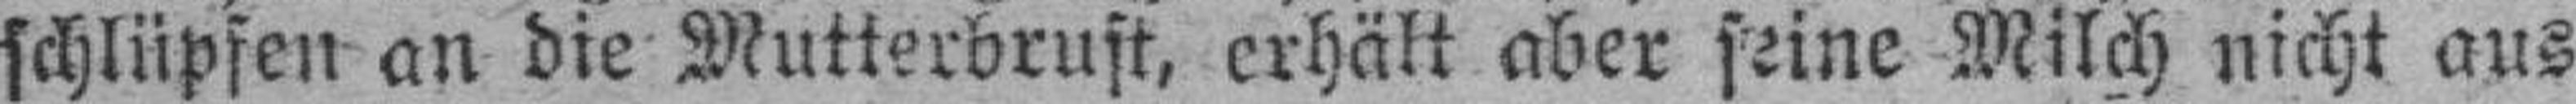
schlüpfen an die Mutterbrust, erhält aber seine Milch nicht aus